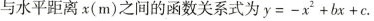
与水平距离x(m)之间的函数关系式为$$y = - x ^ { 2 } + b x + c$$.